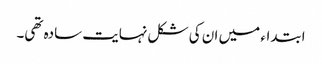
ابتداء میں ان کی شکل نہایت سادہ تھی۔